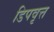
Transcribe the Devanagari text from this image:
डिपवृत्त